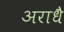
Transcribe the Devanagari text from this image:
अराधै